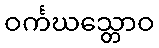
ဝင်္ကဃသ္တောဝ